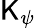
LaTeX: \mathsf{K}_{\psi}